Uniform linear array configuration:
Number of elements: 48
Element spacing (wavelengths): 0.75
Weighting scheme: exponential
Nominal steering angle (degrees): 60
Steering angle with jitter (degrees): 59.907
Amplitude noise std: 0.05
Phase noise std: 0.05

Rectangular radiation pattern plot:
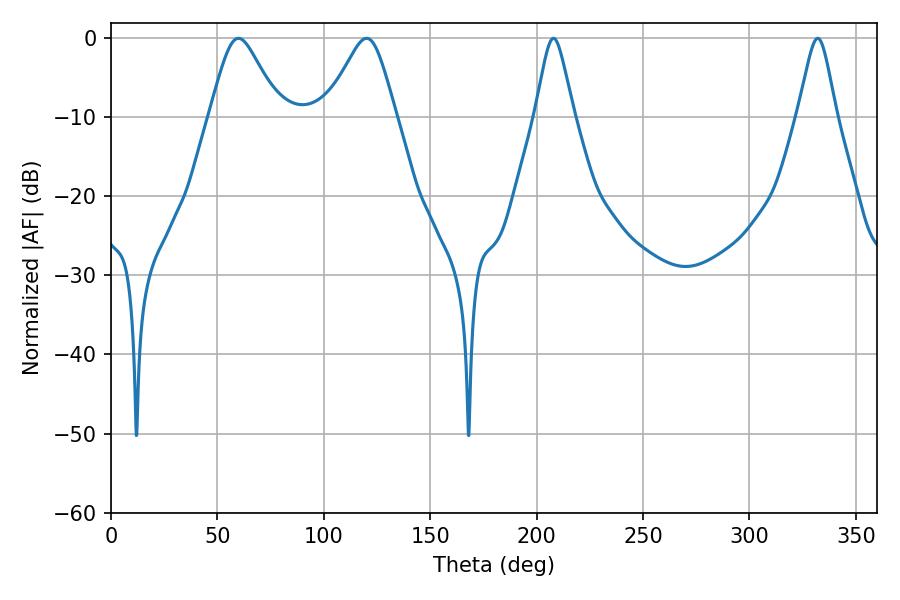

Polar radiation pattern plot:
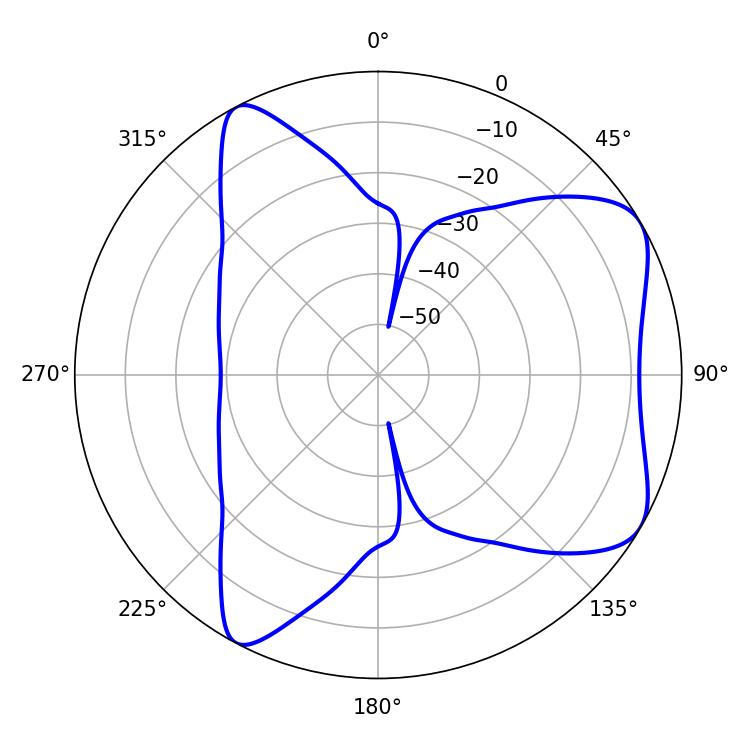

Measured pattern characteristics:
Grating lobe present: TRUE
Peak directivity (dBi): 6.599
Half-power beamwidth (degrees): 8.64
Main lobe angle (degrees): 207.9